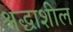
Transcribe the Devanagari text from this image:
श्रद्धाशील